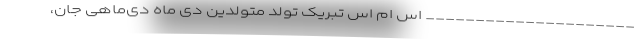
_____________________ اس ام اس تبریک تولد متولدین دی ماه دی‌ماهی جان،